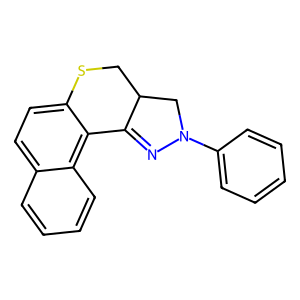
SMILES: c1ccc(N2CC3CSc4ccc5ccccc5c4C3=N2)cc1
Inhibits HIV replication: No